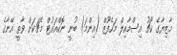
މާޒިޔާގެ ކޯޗު އިސްމާއިލް މަހެފޫޒް (އިންމަ) ބުނީ ނޮކްއައުޓް މެޗަކަށް ވާތީ އޭނާގެ